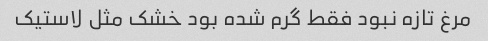
مرغ تازه نبود فقط گرم شده بود خشک مثل لاستیک